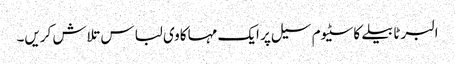
البرٹا بیلے کاسٹیوم سیل پر ایک مہاکاوی لباس تلاش کریں۔